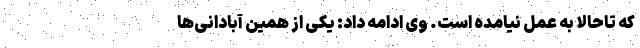
که تاحالا به عمل نیامده است. وی ادامه داد: یکی از همین آبادانی‌ها